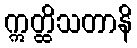
ဣတ္ထိသတာနိ